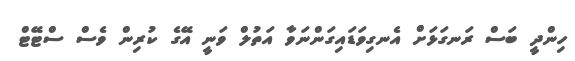
ހިންދީ ބަސް ރަނގަޅަށް އެނގިވަޑައިގަންނަވާ އަތުލް ވަނީ އޭގެ ކުރިން ވެސް ސްޓޭޓް